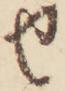
せ